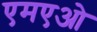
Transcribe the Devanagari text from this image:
एमएओ